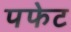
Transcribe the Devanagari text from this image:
पफेट